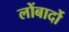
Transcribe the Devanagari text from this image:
लोंबार्दो